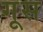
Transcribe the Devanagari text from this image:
गूस